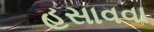
હસાવવા